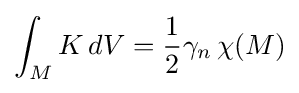
\int _{M}K\,dV={\frac {1}{2}}\gamma _{n}\,\chi (M)